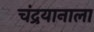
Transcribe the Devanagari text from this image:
चंद्रयानाला